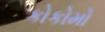
કોકોમો